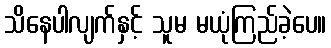
သိနေပါလျက်နှင့် သူမ မယုံကြည်ခဲ့ပေ။